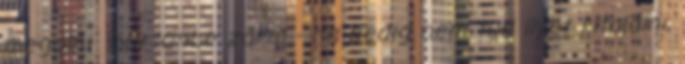
megölni börtönbe zárni - ha pedig nem tud ilyet kitalálni,